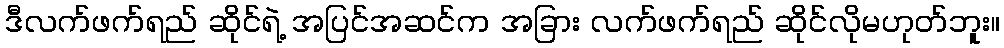
ဒီလက်ဖက်ရည် ဆိုင်ရဲ့ အပြင်အဆင်က အခြား လက်ဖက်ရည် ဆိုင်လိုမဟုတ်ဘူး။